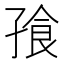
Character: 𪦿